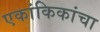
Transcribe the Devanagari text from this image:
एकांकिकांचा